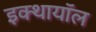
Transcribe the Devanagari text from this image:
इक्थायॉल